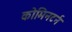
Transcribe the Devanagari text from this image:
कोमिनटर्न